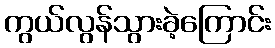
ကွယ်လွန်သွားခဲ့ကြောင်း